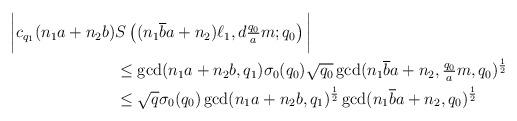
LaTeX: \begin{align*}\bigg|c_{q_1}(n_1a+n_2b) & S\left( (n_1\overline{b} a+ n_2) \ell_1, d\tfrac{q_0}{a}m ; q_0 \right)\bigg|\\& \leq \gcd(n_1a+n_2b, q_1)\sigma_0(q_0) \sqrt{q_0} \gcd(n_1\overline{b} a+n_2, \tfrac{q_0}{a} m, q_0)^{\frac{1}{2}}\\& \leq\sqrt{q}\sigma_0(q_0)\gcd(n_1a+n_2b, q_1)^{\frac{1}{2}}\gcd(n_1\overline{b} a+n_2, q_0)^{\frac{1}{2}}\end{align*}